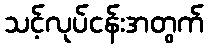
သင့်လုပ်ငန်းအတွက်